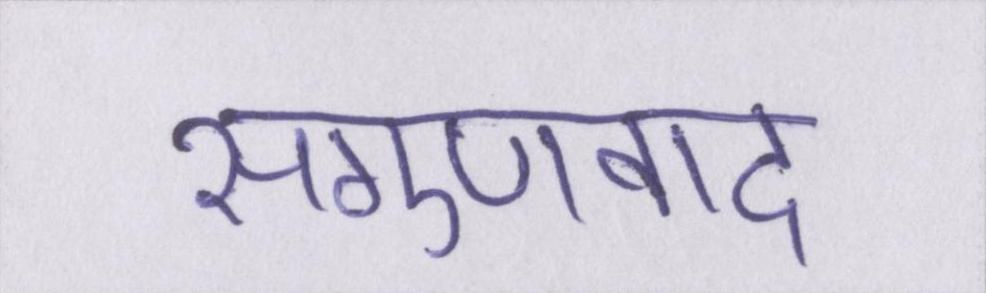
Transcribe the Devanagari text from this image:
सगुणवाद